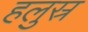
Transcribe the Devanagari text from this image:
हलुस्र